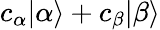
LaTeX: c_{\alpha}|\alpha\rangle+c_{\beta}|\beta\rangle